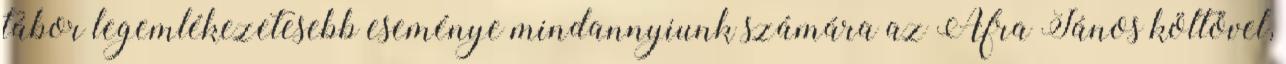
tábor legemlékezetesebb eseménye mindannyiunk számára az Áfra János költővel,